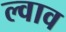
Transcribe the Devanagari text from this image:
ल्वाव